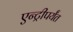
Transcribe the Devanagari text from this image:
एन्ट्रीपर्यंत